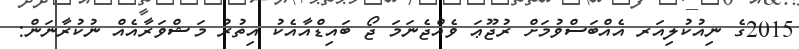
2015ގެ ނިއުކުލިއަރ އެއްބަސްވުމަށް ރުޖޫޢަ ވެއްޖެނަމަ ޖޯ ބައިޑްއާއެކު އިތުރު މަޝްވަރާއެއް ނުކުރާނަން: